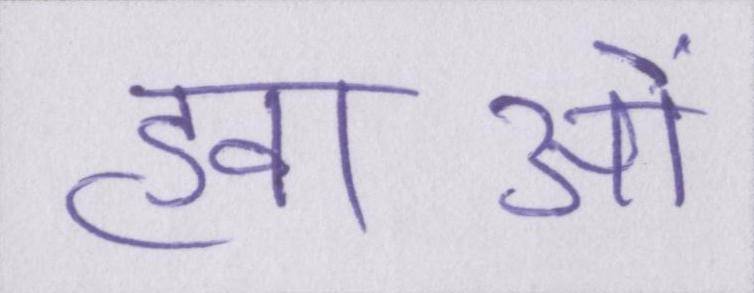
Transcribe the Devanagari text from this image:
हवाओं